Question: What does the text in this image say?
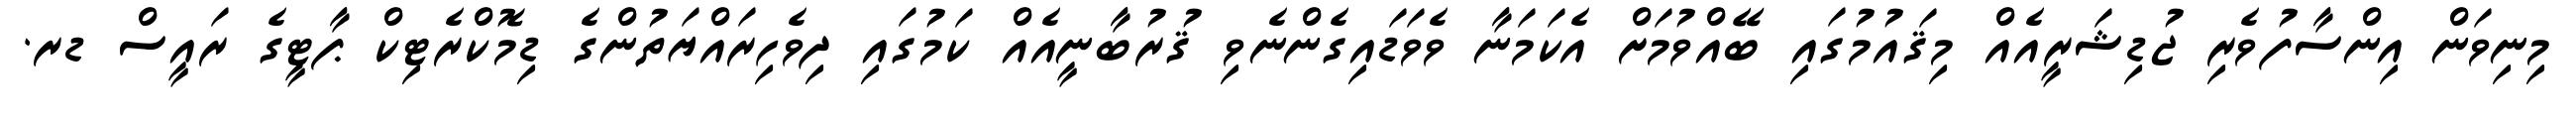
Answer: މިނިވަން އިންސާފުވެރި ޖުޑިޝަރީއެއް މިޤައުމުގައި ބޭއްވުމަށް އެކަމަނާ ވެވަޑައިގެންނެވި ޤުރުބާނީއެއް ކަމުގައި ދިވެހިރައްޔަތުންގެ ޑިމޮކްރެޓިކް ޕާޓީގެ ރައީސް ޑރ.